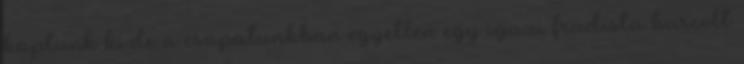
kaptunk ki.de a csapatunkban egyetlen egy igazi fradista harcolt